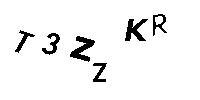
T3ZZKR